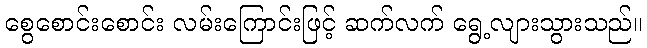
စွေစောင်းစောင်း လမ်းကြောင်းဖြင့် ဆက်လက် ရွေ့လျားသွားသည်။